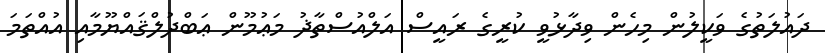
ދައުލަތުގެ ވަކީލުން މިހެން ވިދާޅުވީ ކުރީގެ ރައީސް އަލްއުސްތާޛު މަޢުމޫން ޢަބްދުލްޤައްޔޫމާއި އުއްތަމަ